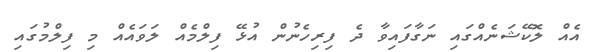
އެއް ލޮކޭޝަނެއްގައި ނަގާފައިވާ ދެ ފިރިހެނުން އުޅޭ ފިލްމެއް ލަވައެއް މި ފިލްމުގައި